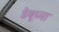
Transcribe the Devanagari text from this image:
डेबूच्या